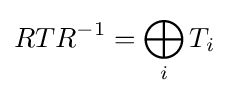
RTR^{-1}=\bigoplus _{i}T_{i}